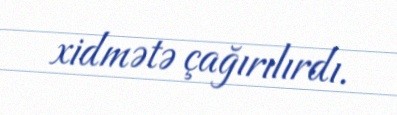
xidmətə çağırılırdı.